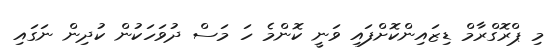
މި ޕްރޮގްރާމް ޑިޒައިންކޮށްފައި ވަނީ ކޮންމެ ހަ މަސް ދުވަހަކުން ކުދިން ނަގައި